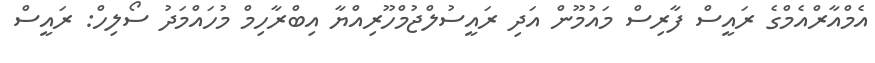
އެމްއާރްއެމްގެ ރައީސް ފާރިސް މައުމޫން އަދި ރައީސުލްޖުމްހޫރިއްޔާ އިބްރާހިމް މުހައްމަދު ސޯލިހް: ރައީސް